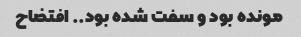
مونده بود و سفت شده بود.. افتضاح